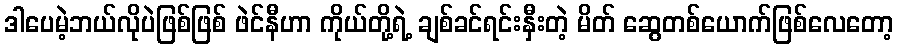
ဒါပေမဲ့ဘယ်လိုပဲဖြစ်ဖြစ် ဖဲင်နီဟာ ကိုယ်တို့ရဲ့ ချစ်ခင်ရင်းနှီးတဲ့ မိတ် ဆွေတစ်ယောက်ဖြစ်လေတော့